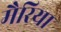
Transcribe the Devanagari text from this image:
मैरिया